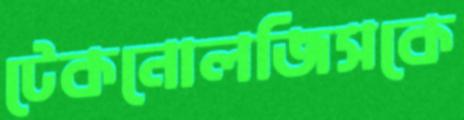
টেকনোলজিসকে